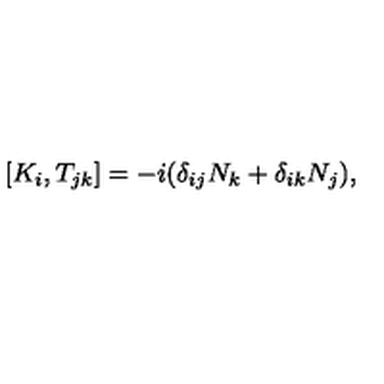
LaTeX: [ K _ { i } , T _ { j k } ] = - i ( \delta _ { i j } N _ { k } + \delta _ { i k } N _ { j } ) ,